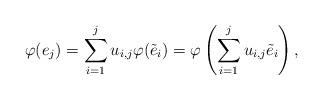
LaTeX: \begin{align*}\varphi({e}_j) = \sum_{i=1}^j u_{i,j} \varphi(\tilde{e}_i) = \varphi\left(\sum_{i=1}^j u_{i,j} \tilde{e}_i\right),\end{align*}